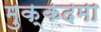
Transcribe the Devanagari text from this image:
मुक्कदमा